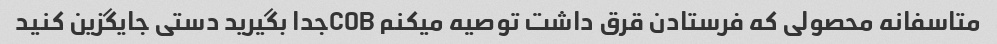
متاسفانه محصولی که فرستادن قرق داشت توصیه میکنم COBجدا بگیرید دستی جایگزین کنید